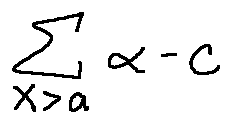
\sum \limits _ { X > a } \alpha - c